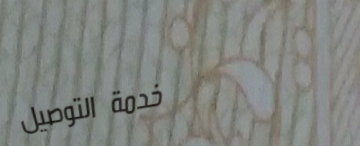
خدمة التوصيل